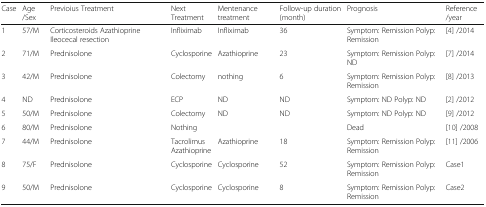
<table><thead><tr><td><b>Case</b></td><td><b>Age /Sex</b></td><td><b>Previoius Treatment</b></td><td><b>Next Treatment</b></td><td><b>Mentenance treatment</b></td><td><b>Follow-up duration (month)</b></td><td><b>Prognosis</b></td><td><b>Reference /year</b></td></tr></thead><tbody><tr><td>1</td><td>57/M</td><td>Corticosteroids Azathioprine Ileocecal resection</td><td>Infliximab</td><td>Infliximab</td><td>36</td><td>Symptom: Remission Polyp: Remission</td><td>[4] /2014</td></tr><tr><td>2</td><td>71/M</td><td>Prednisolone</td><td>Cyclosporine</td><td>Azathioprine</td><td>23</td><td>Symptom: Remission Polyp: ND</td><td>[7] /2014</td></tr><tr><td>3</td><td>42/M</td><td>Prednisolone</td><td>Colectomy</td><td>nothing</td><td>6</td><td>Symptom: Remission Polyp: Remission</td><td>[8] /2013</td></tr><tr><td>4</td><td>ND</td><td>Prednisolone</td><td>ECP</td><td>ND</td><td>ND</td><td>Symptom: ND Polyp: ND</td><td>[2] /2012</td></tr><tr><td>5</td><td>50/M</td><td>Prednisolone</td><td>Colectomy</td><td>ND</td><td>ND</td><td>Symptom: ND Polyp: ND</td><td>[9] /2012</td></tr><tr><td>6</td><td>80/M</td><td>Prednisolone</td><td>Nothing</td><td></td><td></td><td>Dead</td><td>[10] /2008</td></tr><tr><td>7</td><td>44/M</td><td>Prednisolone</td><td>Tacrolimus Azathioprine</td><td>Azathioprine</td><td>18</td><td>Symptom: Remission Polyp: Remission</td><td>[11] /2006</td></tr><tr><td>8</td><td>75/F</td><td>Prednisolone</td><td>Cyclosporine</td><td>Cyclosporine</td><td>52</td><td>Symptom: Remission Polyp: Remission</td><td>Case1</td></tr><tr><td>9</td><td>50/M</td><td>Prednisolone</td><td>Cyclosporine</td><td>Cyclosporine</td><td>8</td><td>Symptom: Remission Polyp: Remission</td><td>Case2</td></tr></tbody></table>